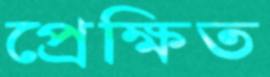
প্রেক্ষিত